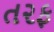
ત૨ફ